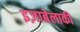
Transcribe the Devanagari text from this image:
इज़ाबेलाकी